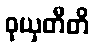
ဝုယှတီတိ